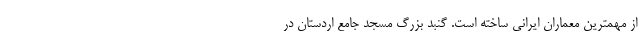
از مهمترین معماران ایرانی ساخته است. گنبد بزرگ مسجد جامع اردستان در